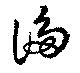
謅